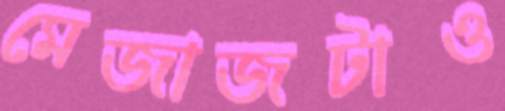
মেজাজটাও